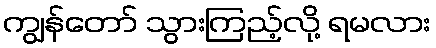
ကျွန်တော် သွားကြည့်လို့ ရမလား